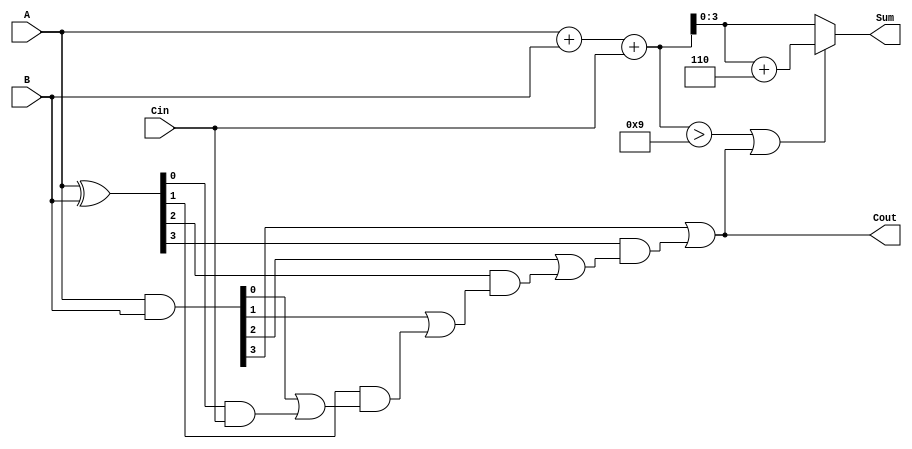
module BCD_Carry_Lookahead_Adder (
    input  [3:0] A,       // First BCD digit
    input  [3:0] B,       // Second BCD digit
    input        Cin,      // Carry input
    output [3:0] Sum,      // BCD sum output
    output       Cout       // Carry output
);

    wire [4:0] Sum_Bin;    // Intermediate sum (5 bits to accommodate carry)
    wire [3:0] G;          // Generate signals
    wire [3:0] P;          // Propagate signals
    wire C1, C2, C3;       // Carry signals

    // Step 1: Calculate the initial binary sum
    assign Sum_Bin = A + B + Cin;

    // Step 2: Generate and propagate signals
    assign G = A & B;              // Generate
    assign P = A ^ B;              // Propagate

    // Step 3: Carry Lookahead Logic
    assign C1 = G[0] | (P[0] & Cin);
    assign C2 = G[1] | (P[1] & C1);
    assign C3 = G[2] | (P[2] & C2);
    assign Cout = G[3] | (P[3] & C3);

    // Step 4: BCD Correction Logic
    wire [4:0] Corrected_Sum;
    assign Corrected_Sum = (Sum_Bin > 9 || Cout) ? (Sum_Bin + 5'd6) : Sum_Bin;

    // Step 5: Final BCD Sum Output
    assign Sum = Corrected_Sum[3:0];

endmodule